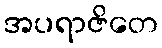
အပရာဇိတေ